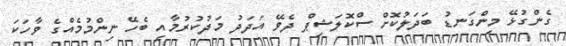
ގެންގުޅޭ މިންގަނޑު ބަދަލުކޮށް ސްކޮލަޝިޕް ދެވޭ އަދަދު މަދުކުރުމާއި ބެހޭ ނިންމުމެއްގެ ވާހަކަ